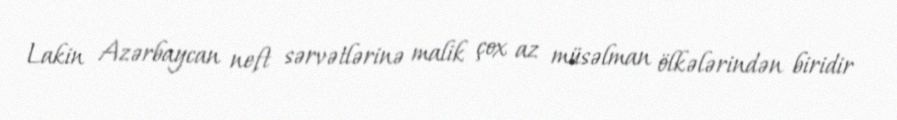
Lakin Azərbaycan neft sərvətlərinə malik çox az müsəlman ölkələrindən biridir